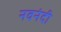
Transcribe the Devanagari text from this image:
नवनंदी